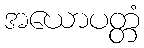
အယောပတ္တံ